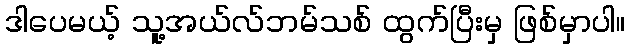
ဒါပေမယ့် သူ့အယ်လ်ဘမ်သစ် ထွက်ပြီးမှ ဖြစ်မှာပါ။